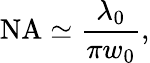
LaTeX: {\mathrm{NA}}\simeq{\frac{\lambda_{0}}{\pi w_{0}}},